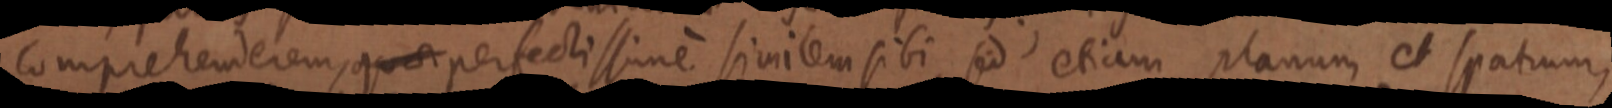
comprehenderem, quae perfectissime similem sibi sed etiam planum et spatium